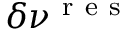
\delta \nu ^ { \mathrm { ~ r ~ e ~ s ~ } }